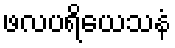
ဖလပရိယေသနံ